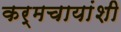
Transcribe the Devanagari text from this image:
कर्मचायांशी